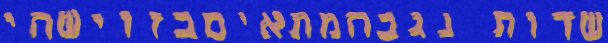
שדות נגבהמתאיםבזוישהי